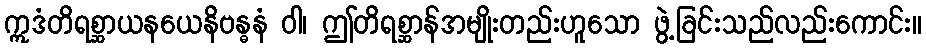
ဣဒံတိရစ္ဆာယနယေနိဗန္ဓနံ ဝါ၊ ဤတိရစ္ဆာန်အမျိုးတည်းဟူသော ဖွဲ့ခြင်းသည်လည်းကောင်း။